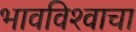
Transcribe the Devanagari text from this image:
भावविश्‍वाचा